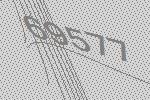
69577